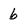
Character: 6